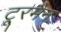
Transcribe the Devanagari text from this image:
टू्रमैन